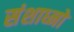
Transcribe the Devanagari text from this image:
संशाध्नो